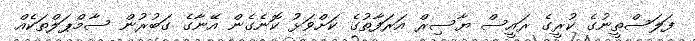
ފަލަސްތީނުގެ ކުރީގެ ރައީސް ޔާސިރް އަރަފާތުގެ ކަށްވަޅު ކޮނެގެން އޭނާގެ ގަބުރުން ސާމްޕަލްތަކެއް